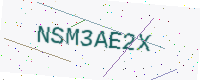
Text: NSM3AE2X